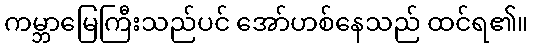
ကမ္ဘာမြေကြီးသည်ပင် အော်ဟစ်နေသည် ထင်ရ၏။